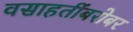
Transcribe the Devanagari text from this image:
वसाहतींबरोबर